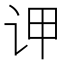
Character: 𲂆